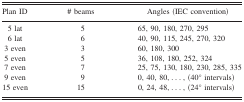
<table><thead><tr><td><b>Plan ID</b></td><td><b># beams</b></td><td><b>Angles (IEC convention)</b></td></tr></thead><tbody><tr><td>5 lat</td><td>5</td><td>65, 90, 180, 270, 295</td></tr><tr><td>6 lat</td><td>6</td><td>40, 90, 115, 245, 270, 320</td></tr><tr><td>3 even</td><td>3</td><td>60, 180, 300</td></tr><tr><td>5 even</td><td>5</td><td>36, 108, 180, 252, 324</td></tr><tr><td>7 even</td><td>7</td><td>25, 75, 130, 180, 230, 285, 335</td></tr><tr><td>9 even</td><td>9</td><td>0, 40, 80, ..., (40° intervals)</td></tr><tr><td>15 even</td><td>15</td><td>0, 24, 48, ..., (24° intervals)</td></tr></tbody></table>